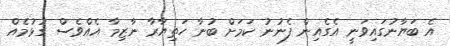
އެ ބަޔާނުގައިވަނީ އެގެއިން ފެނުނު ކަމަށް ބުނާ ހަތިޔާރާ ނާޒިމާ އެއްވެސް ގުޅުމެއް